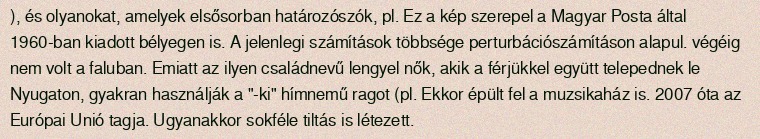
), és olyanokat, amelyek elsősorban határozószók, pl. Ez a kép szerepel a Magyar Posta által 1960-ban kiadott bélyegen is. A jelenlegi számítások többsége perturbációszámításon alapul. végéig nem volt a faluban. Emiatt az ilyen családnevű lengyel nők, akik a férjükkel együtt telepednek le Nyugaton, gyakran használják a "-ki" hímnemű ragot (pl. Ekkor épült fel a muzsikaház is. 2007 óta az Európai Unió tagja. Ugyanakkor sokféle tiltás is létezett.